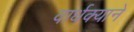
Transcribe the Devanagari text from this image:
वार्धक्याने